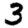
Digit: 3